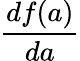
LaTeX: \frac{df(a)}{da}